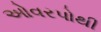
ઓવરપોથી